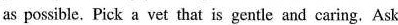
as possible. Pick a vet that is gentle and caring, Ask